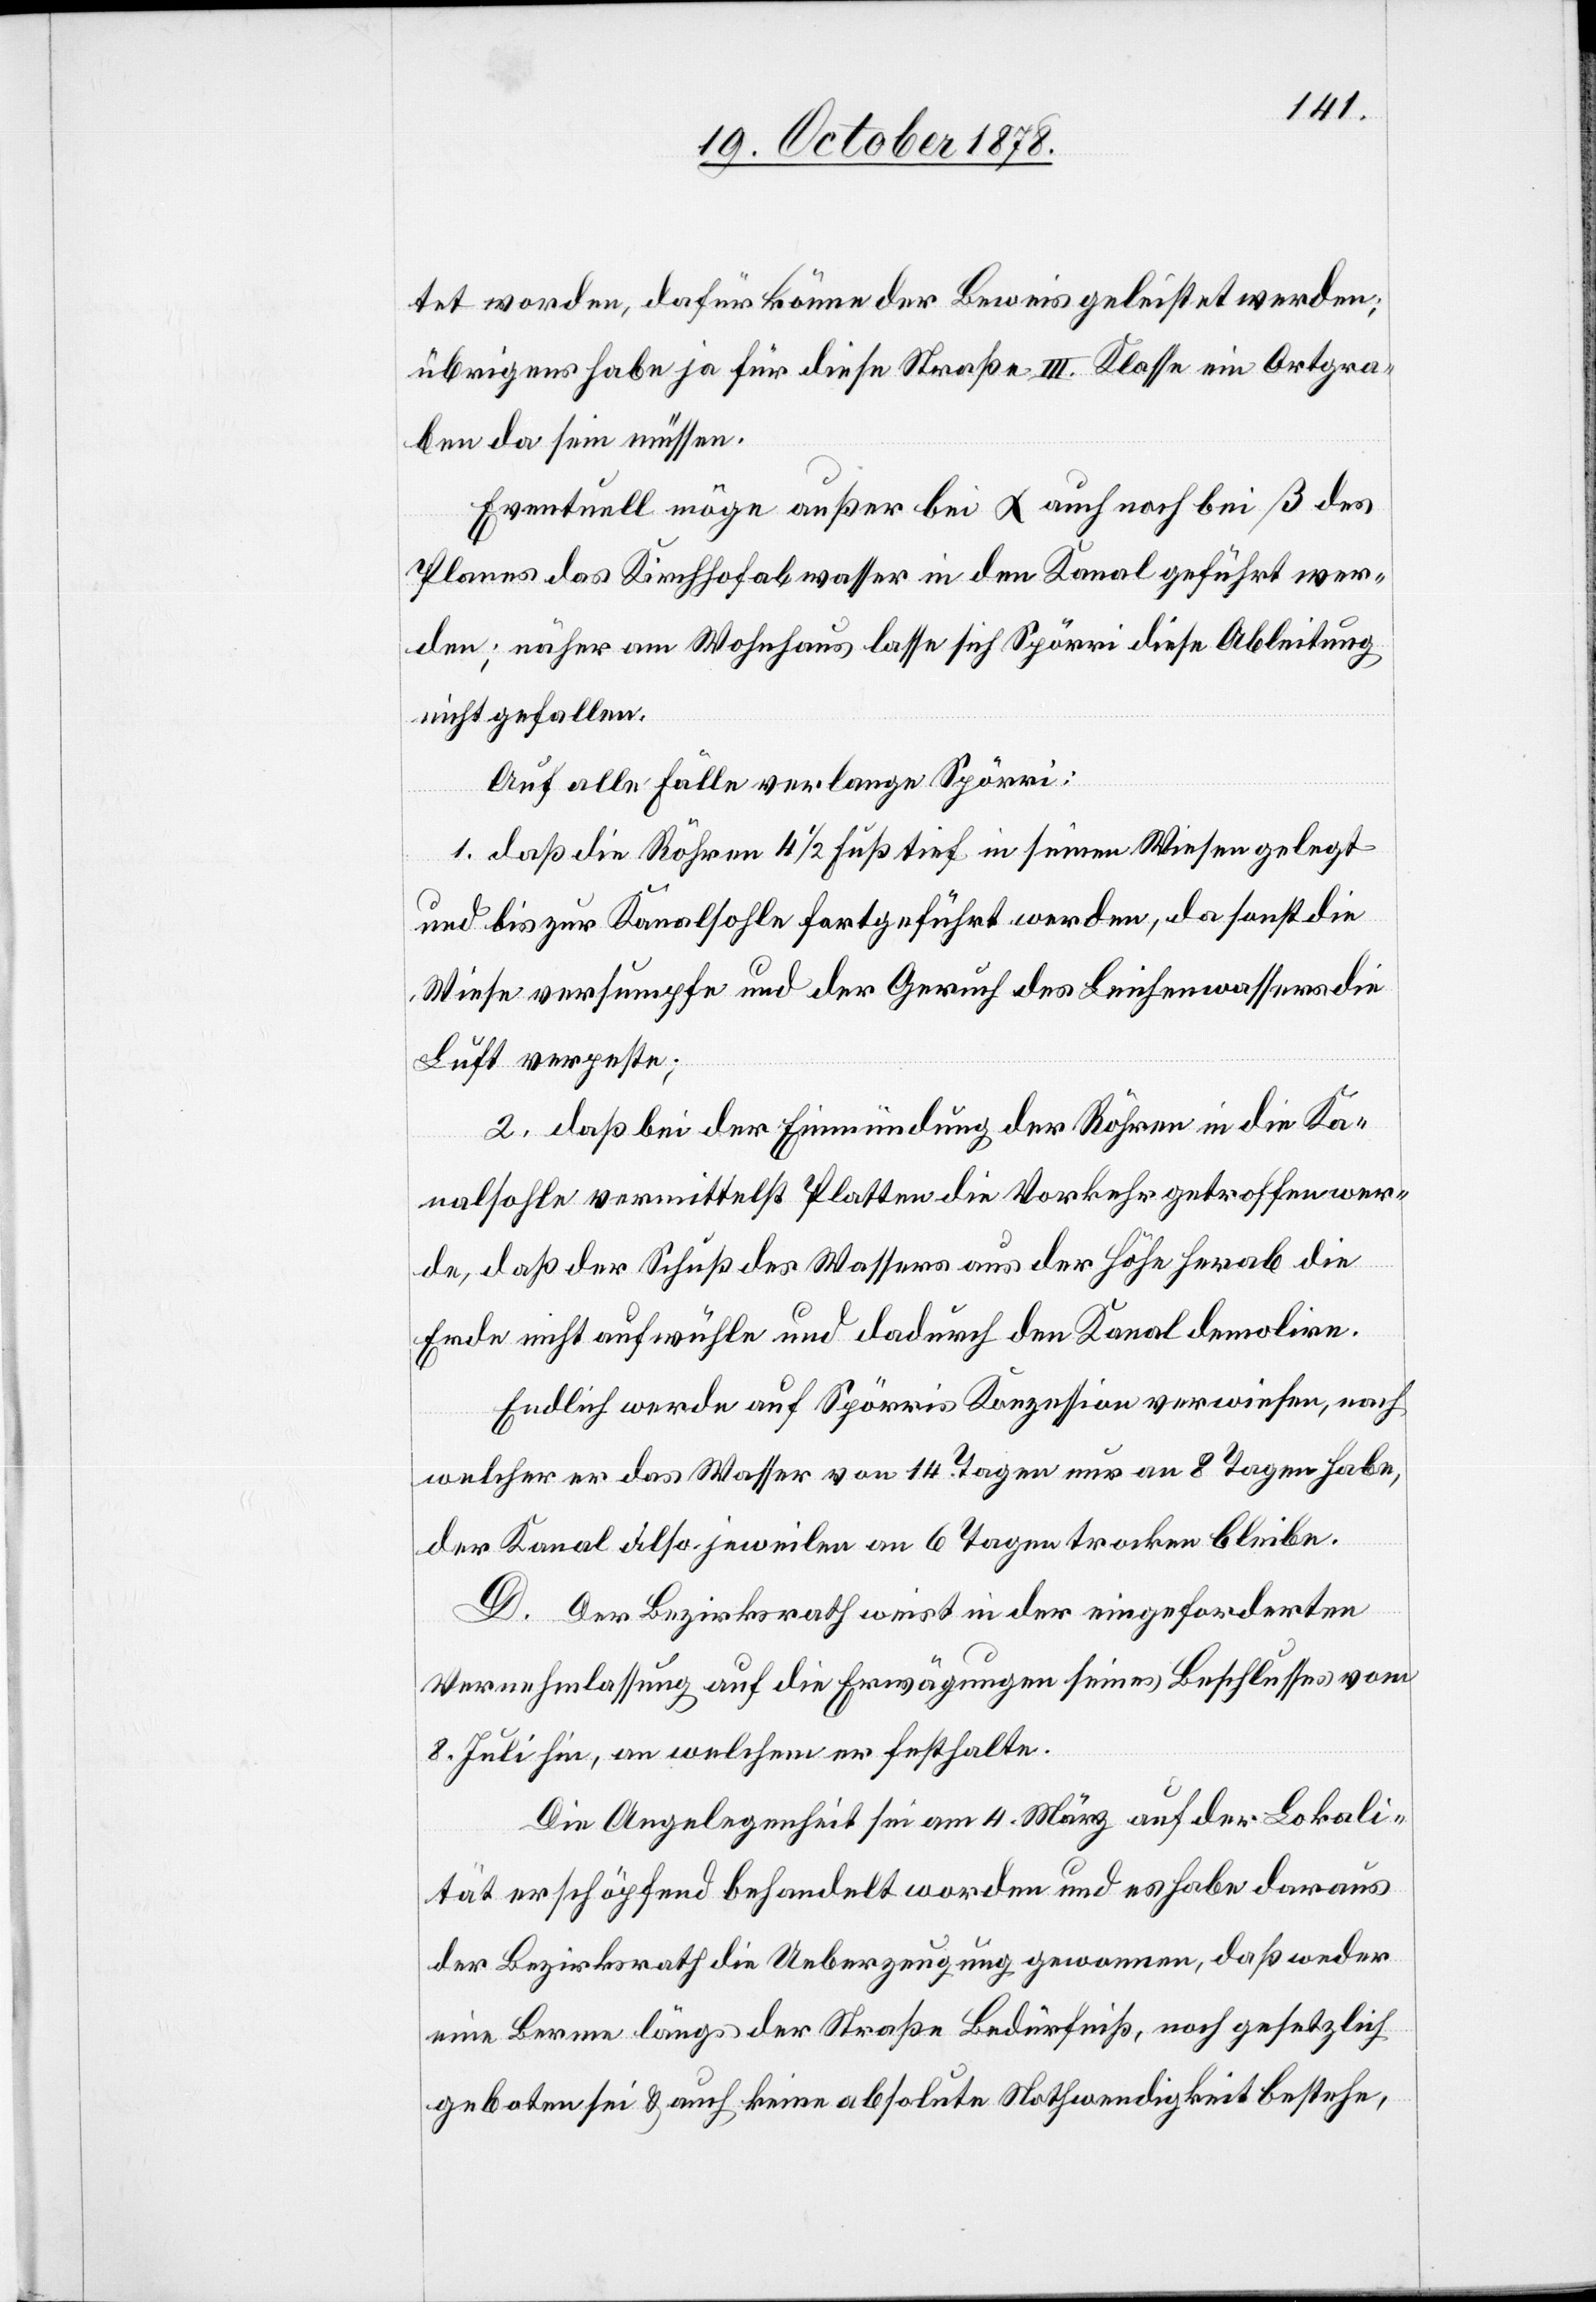
tet worden, dafür könne der Beweis geleistet werden;
übrigens habe ja für diese Straße III. Klasse ein Ortgra¬
ben da sein müssen.
Eventuell möge außer bei α auch noch bei β des
Planes das Kirchhofabwasser in den Kanal geführt wer¬
den; näher am Wohnhaus lasse sich Spörri diese Ableitung
nicht gefallen.
Auf alle Fälle verlange Spörri:
1. daß die Röhren 4 1/2 Fuß tief in seinen Wiesen gelegt
und bis zur Kanalsohle fortgeführt werden, da sonst die
Wiese versumpfe und der Geruch des Leichenwassers die
Luft verpeste;
2. daß bei der Einmündung der Röhre in die Ka¬
nalsohle vermittelst Platten die Vorkehr getroffen wer¬
de, daß der Schuß des Wassers aus der Höhe herab die
Erde nicht aufwühle und dadurch den Kanal demolire
Endlich werde auf Spörris Konzession verwiesen, nach
welcher er das Wasser von 14 Tagen nur an 8 Tagen habe,
der Kanal also jeweilen an 6 Tagen trocken bleibe.
D. Der Bezirksrath weist in der eingeforderten
Vernehmlassung auf die Erwägungen seines Beschlusses vom
8. Juli hin, an welchem er festhalte.
Die Angelegenheit sei am 4. März auf der Lokali¬
tät erschöpfend behandelt worden und es habe daraus
der Bezirksrath die Ueberzeugung gewonnen, daß weder
eine Berme längs der Straße Bedürfniß, noch gesetzlich
geboten sei & auch keine absolute Nothwendigkeit bestehe,